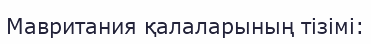
Мавритания қалаларының тізімі: